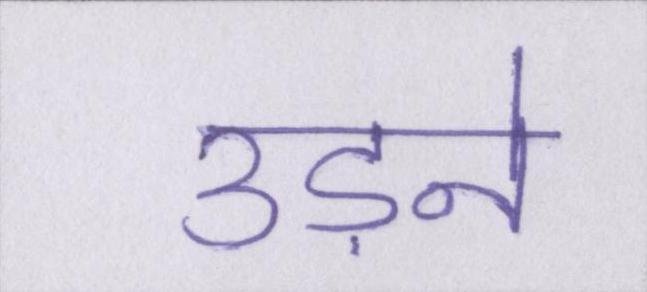
उड़ने